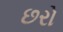
છરો